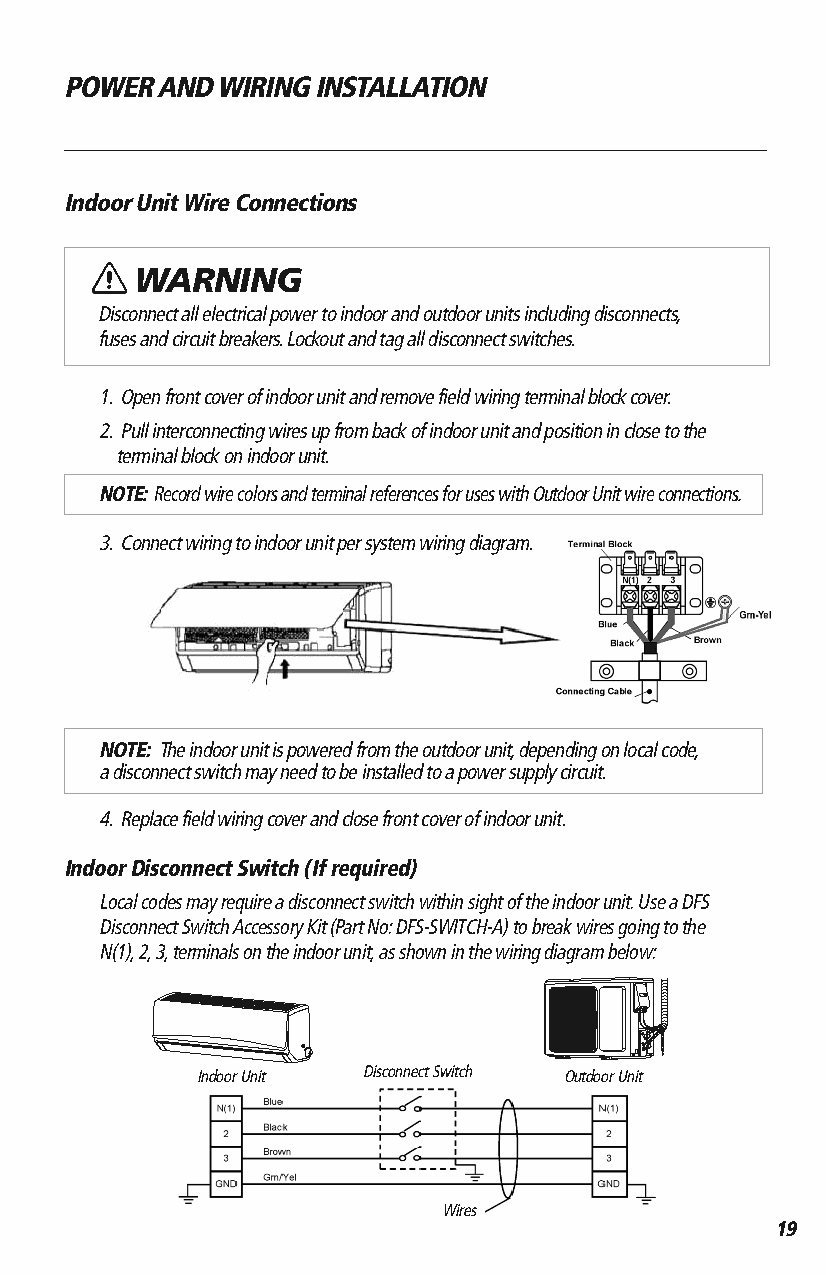
POWER AND WIRING INSTALLATION
 Indoor Unit Wire Connections
 WARNING
 Disconnect all electrical power to indoor and outdoor units including disconnects,
 fuses and circuit breakers. Lockout and tag all disconnect switches.
 1. Open front cover of indoor unit and remove field wiring terminal block cover.
 2. Pull interconnecting wires up from back of indoor unit and position in close to the
 terminal block on indoor unit.
 NOTE:Record wire colors and terminal references for uses with Outdoor Unit wire connections.
 3. Connect wiring to indoor unit per system wiring diagram.
 NOTE:The indoor unit is powered from the outdoor unit, depending on local code,
 a disconnect switch may need to be installed to a power supply circuit.
 4. Replace field wiring cover and close front cover of indoor unit.
 Indoor Disconnect Switch (If required)
 Local codes may require a disconnect switch within sight of the indoor unit. Use a DFS
 Disconnect Switch Accessory Kit (Part No: DFS-SWITCH-A) to break wires going to the
 N(1), 2, 3, terminals on the indoor unit, as shown in the wiring diagram below:
 Indoor Unit Disconnect Switch Outdoor Unit
 Indoor Unit
 Outdoor Unit
 Wires
 19